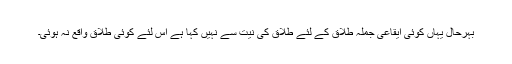
بہرحال یہاں کوئی ایقاعی جملہ طلاق کے لئے طلاق کی نیت سے نہیں کہا ہے اس لئے کوئی طلاق واقع نہ ہوئی۔